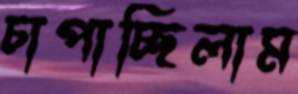
চাপাচ্ছিলাম